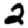
Digit: 2